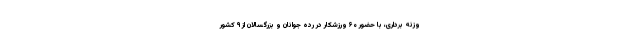
وزنه برداری، با حضور ۶۰ ورزشکار در رده جوانان و بزرگسالان از ۹ کشور